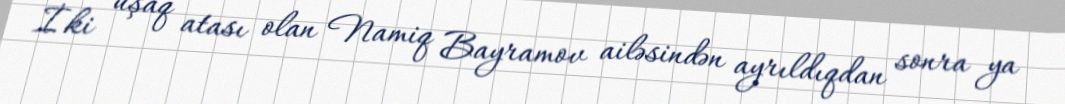
İki uşaq atası olan Namiq Bayramov ailəsindən ayrıldıqdan sonra ya